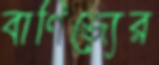
বাণিজ্যের